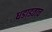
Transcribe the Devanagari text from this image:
धडाडताच